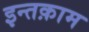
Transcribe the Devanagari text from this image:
इन्तक़ाम